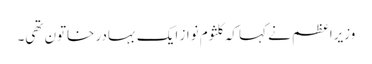
وزیراعظم نے کہا کہ کلثوم نواز ایک بہادر خاتون تھی۔